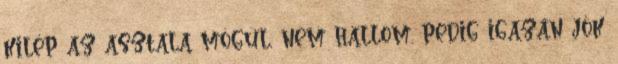
kilép az asztala mögül, nem hallom. pedig igazán jók